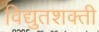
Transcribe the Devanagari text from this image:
विद्युतशक्ती